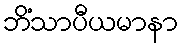
ဘိံသာပီယမာနာ